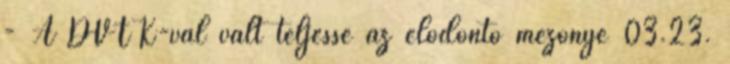
- A DVTK-val vált teljessé az elődöntő mezőnye 03.23.